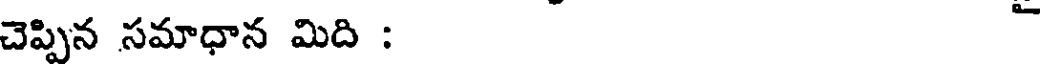
చెప్పిన సమాధాన మిది :